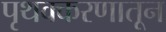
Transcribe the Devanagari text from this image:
पृथक्करणातून